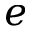
e